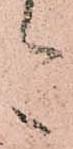
今